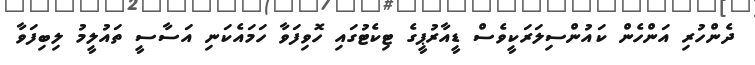
ދެންހުރި އަންހެން ކައުންސިލަރަކީވެސް ޑީއާރުޕީގެ ޓިކެޓުގައި ހޮވިފަވާ ހަމައެކަނި އަސާސީ ތައުލީމު ލިބިފަވާ